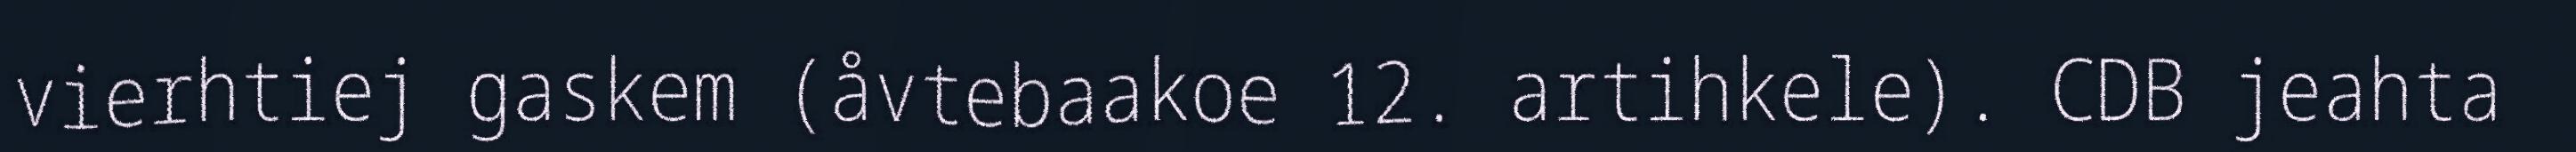
vierhtiej gaskem (åvtebaakoe 12. artihkele). CDB jeahta